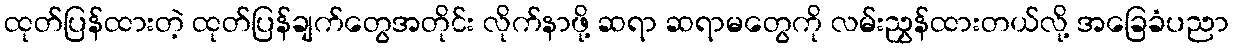
ထုတ်ပြန်ထားတဲ့ ထုတ်ပြန်ချက်တွေအတိုင်း လိုက်နာဖို့ ဆရာ ဆရာမတွေကို လမ်းညွှန်ထားတယ်လို့ အခြေခံပညာ